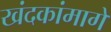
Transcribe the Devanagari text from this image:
खंदकांमागे